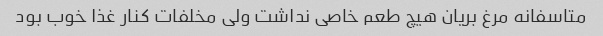
متاسفانه مرغ بریان هیچ طعم خاصی نداشت ولی مخلفات کنار غذا خوب بود